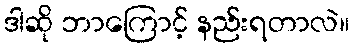
ဒါဆို ဘာကြောင့် နည်းရတာလဲ။